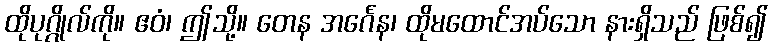
ထိုပုဂ္ဂိုလ်ကို။ ဧဝံ၊ ဤသို့။ တေန အင်္ဂေန၊ ထိုမထောင်အပ်သော နားရှိသည် ဖြစ်၍